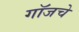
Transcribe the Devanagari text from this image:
गॉजचे